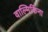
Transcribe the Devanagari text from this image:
वाल्मिकिंना